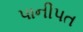
પાનીપત